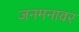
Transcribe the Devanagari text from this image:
जनमनावर